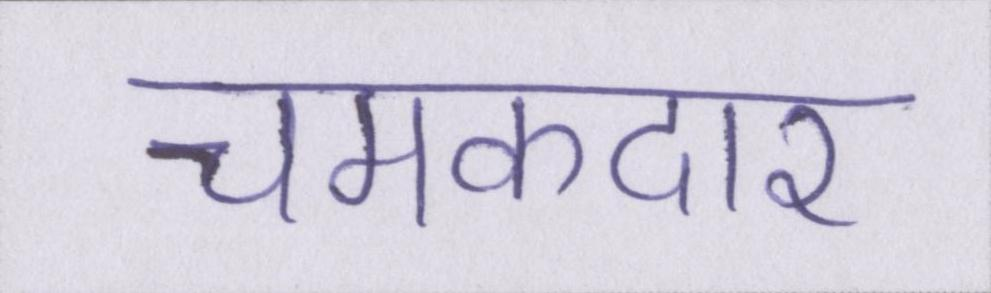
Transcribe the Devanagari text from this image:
चमकदार